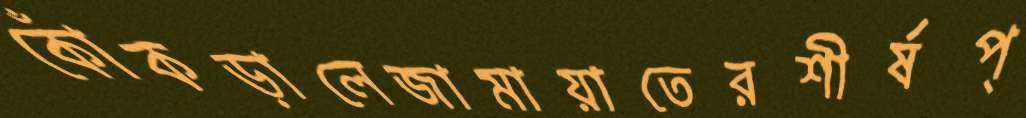
কোঁকড়ালেজামায়াতেরশীর্ষপ্